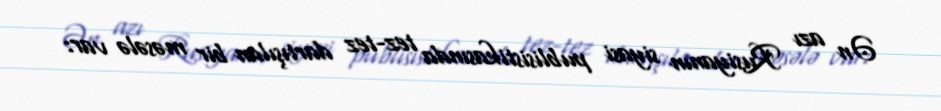
Ən azı Rusiyanın siyasi publisistikasında tez-tez dartışılan bir məsələ var: